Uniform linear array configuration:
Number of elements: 24
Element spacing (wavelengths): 0.25
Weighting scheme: binomial
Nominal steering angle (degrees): -15
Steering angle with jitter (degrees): -16.85
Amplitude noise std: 0.05
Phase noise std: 0.05

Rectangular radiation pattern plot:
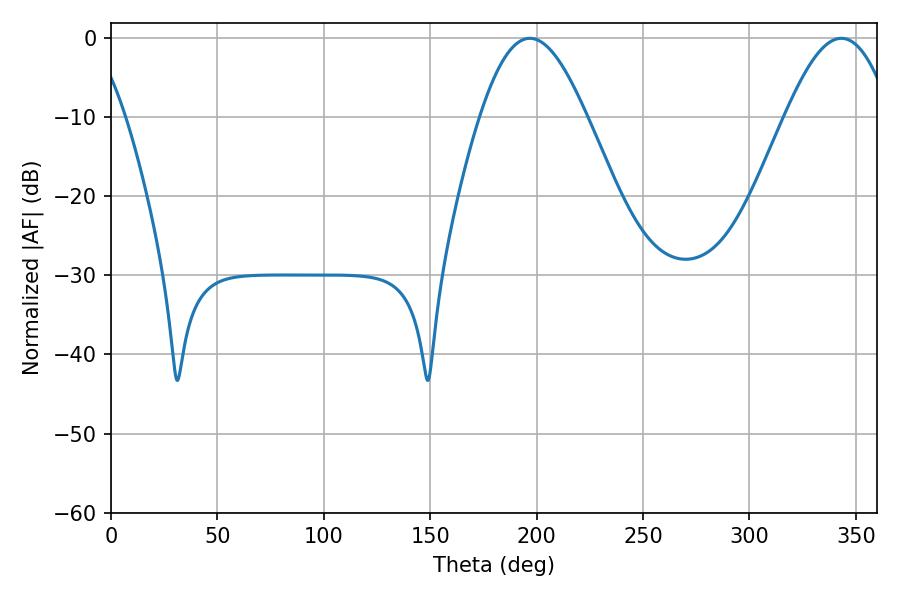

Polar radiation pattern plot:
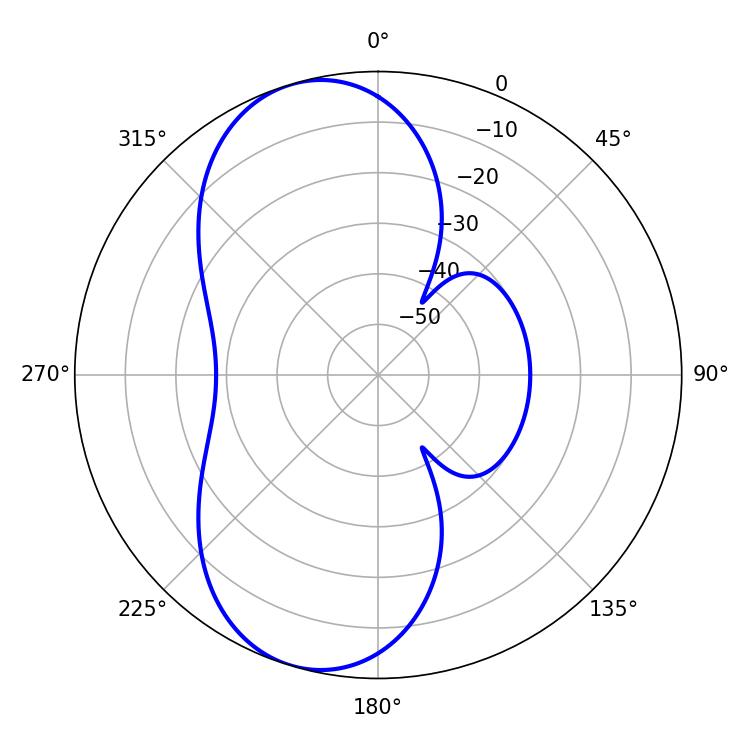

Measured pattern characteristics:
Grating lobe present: FALSE
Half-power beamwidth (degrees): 27
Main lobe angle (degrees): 196.74